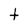
Character: t